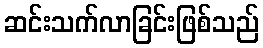
ဆင်းသက်လာခြင်းဖြစ်သည်